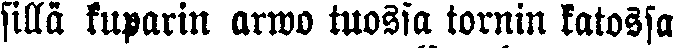
sillä kuparin arwo tuossa tornin katossa